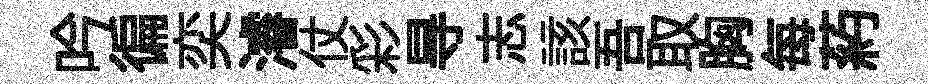
吟徧奕濬仗彩㝵志該吾取胸每葯